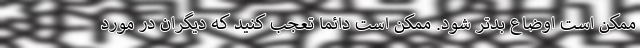
ممکن است اوضاع بدتر شود. ممکن است دائما تعجب کنید که دیگران در مورد